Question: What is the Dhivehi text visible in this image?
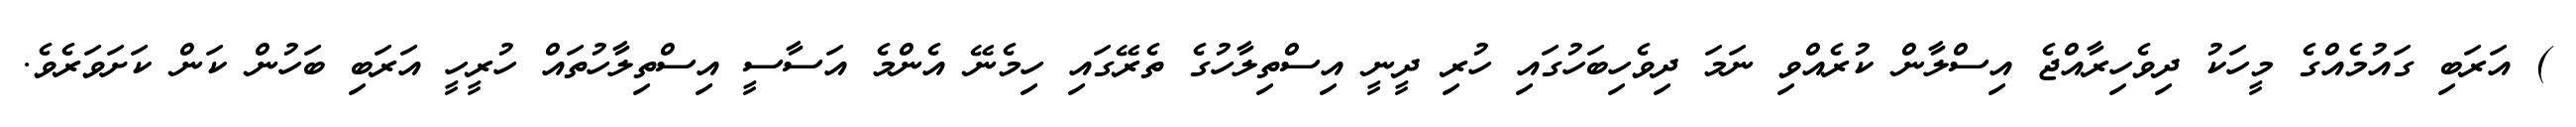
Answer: ) އަރަބި ގައުމެއްގެ މީހަކު ދިވެހިރާއްޖެ އިސްލާން ކުރެއްވި ނަމަ ދިވެހިބަހުގައި ހުރި ދީނީ އިސްތިލާހުގެ ތެރޭގައި ހިމެނޭ އެންމެ އަސާސީ އިސްތިލާހުތައް ހުރީހީ އަރަބި ބަހުން ކަން ކަށަވަރެވެ.